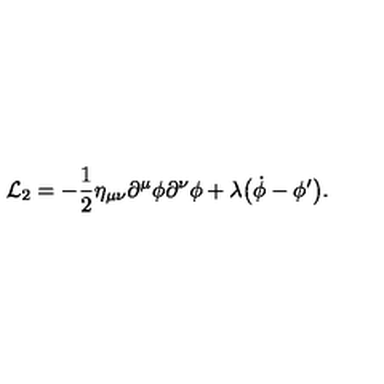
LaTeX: { \cal L } _ { 2 } = - { \frac { 1 } { 2 } } \eta _ { \mu \nu } \partial ^ { \mu } \phi \partial ^ { \nu } \phi + \lambda \bigl ( \dot { \phi } - \phi ^ { \prime } \bigr ) .